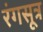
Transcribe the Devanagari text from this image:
रंगसूत्र